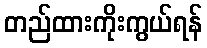
တည်ထားကိုးကွယ်ရန်